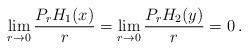
LaTeX: \begin{align*}\lim_{r\to 0}\frac{P_rH_1(x)}{r}=\lim_{r\to 0}\frac{P_rH_2(y)}{r}=0\, .\end{align*}